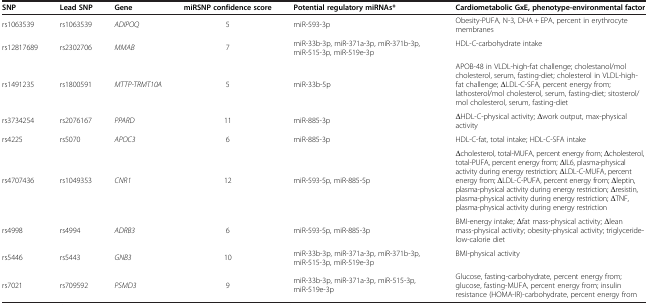
| SNP | Lead SNP | Gene | miRSNP confidence score | Potential regulatory miRNAs* | Cardiometabolic GxE, phenotype-environmental factor |
 | --- | --- | --- | --- | --- | --- |
 | rs1063539 | rs1063539 | ADIPOQ | 5 | miR-593-3p | Obesity-PUFA, N-3, DHA + EPA, percent in erythrocyte membranes |
 | rs12817689 | rs2302706 | MMAB | 7 | miR-33b-3p, miR-371a-3p, miR-371b-3p, miR-515-3p, miR-519e-3p | HDL-C-carbohydrate intake |
 | rs1491235 | rs1800591 | MTTP-TRMT10A | 5 | miR-33b-5p | APOB-48 in VLDL-high-fat challenge; cholestanol/mol cholesterol, serum, fasting-diet; cholesterol in VLDL-high-fat challenge; ΔLDL-C-SFA, percent energy from; lathosterol/mol cholesterol, serum, fasting-diet; sitosterol/mol cholesterol, serum, fasting-diet |
 | rs3734254 | rs2076167 | PPARD | 11 | miR-885-3p | ΔHDL-C-physical activity; Δwork output, max-physical activity |
 | rs4225 | rs5070 | APOC3 | 6 | miR-885-3p | HDL-C-fat, total intake; HDL-C-SFA intake |
 | rs4707436 | rs1049353 | CNR1 | 12 | miR-593-5p, miR-885-5p | Δcholesterol, total-MUFA, percent energy from; Δcholesterol, total-PUFA, percent energy from; ΔIL6, plasma-physical activity during energy restriction; ΔLDL-C-MUFA, percent energy from; ΔLDL-C-PUFA, percent energy from; Δleptin, plasma-physical activity during energy restriction; Δresistin, plasma-physical activity during energy restriction; ΔTNF, plasma-physical activity during energy restriction |
 | rs4998 | rs4994 | ADRB3 | 6 | miR-593-5p, miR-885-3p | BMI-energy intake; Δfat mass-physical activity; Δlean mass-physical activity; obesity-physical activity; triglyceride-low-calorie diet |
 | rs5446 | rs5443 | GNB3 | 10 | miR-33b-3p, miR-371a-3p, miR-371b-3p, miR-515-3p, miR-519e-3p | BMI-physical activity |
 | rs7021 | rs709592 | PSMD3 | 9 | miR-33b-3p, miR-371a-3p, miR-515-3p, miR-519e-3p | Glucose, fasting-carbohydrate, percent energy from; glucose, fasting-MUFA, percent energy from; insulin resistance (HOMA-IR)-carbohydrate, percent energy from |